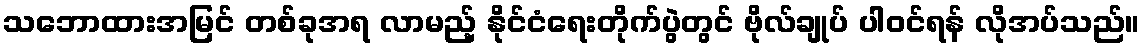
သဘောထားအမြင် တစ်ခုအရ လာမည့် နိုင်ငံရေးတိုက်ပွဲတွင် ဗိုလ်ချုပ် ပါဝင်ရန် လိုအပ်သည်။